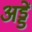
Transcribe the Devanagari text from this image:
अड्डें